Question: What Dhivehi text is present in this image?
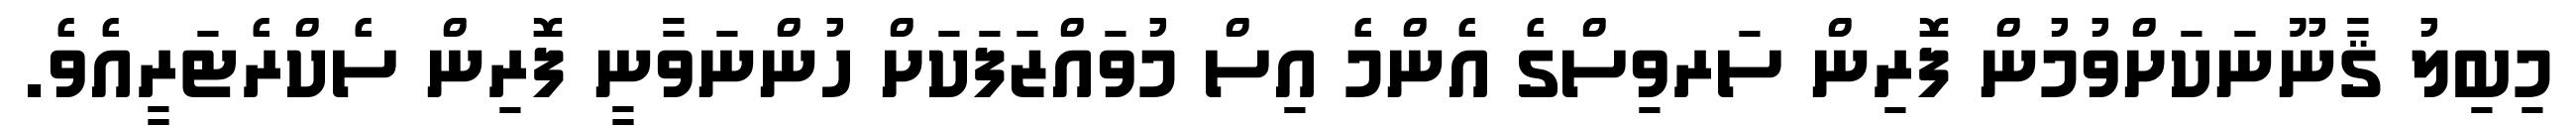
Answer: މިބިލު ޤާނޫނަކަށްވުމުން ފޮރިން ސަރވިސްގެ އެންމެ އިސް މުވައްޒަފަކަށް ހުންނަވާނީ ފޮރިން ސެކްރެޓަރީއެވެ.